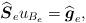
LaTeX: \begin{align*} \widehat{\boldsymbol{S}}_e u_{B_e} = \widehat{\boldsymbol{g}}_e,\end{align*}